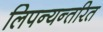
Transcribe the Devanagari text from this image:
लिपन्यन्तरित